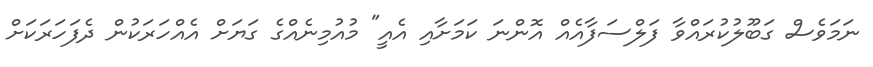
ނަމަވެސް ގަބޫލުކުރައްވާ ފަލްސަފާއެއް އޮންނަ ކަމަށާއި އެއީ" މުއުމިނެއްގެ ގަޔަށް އެއްހަރަކުން ދެފަހަރަކަށް